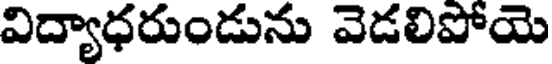
విద్యాధరుండును వెడలిపోయె